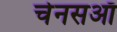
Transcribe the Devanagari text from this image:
चेनसऑ